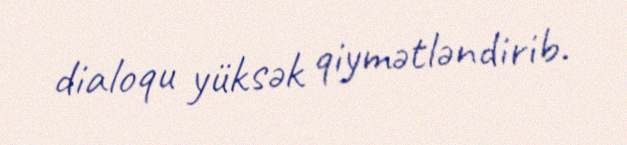
dialoqu yüksək qiymətləndirib.